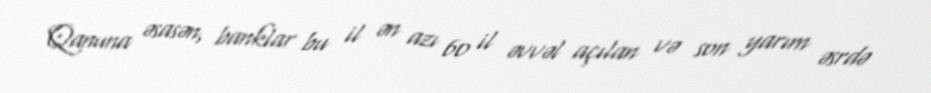
Qanuna əsasən, banklar bu il ən azı 60 il əvvəl açılan və son yarım əsrdə